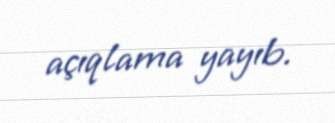
açıqlama yayıb.